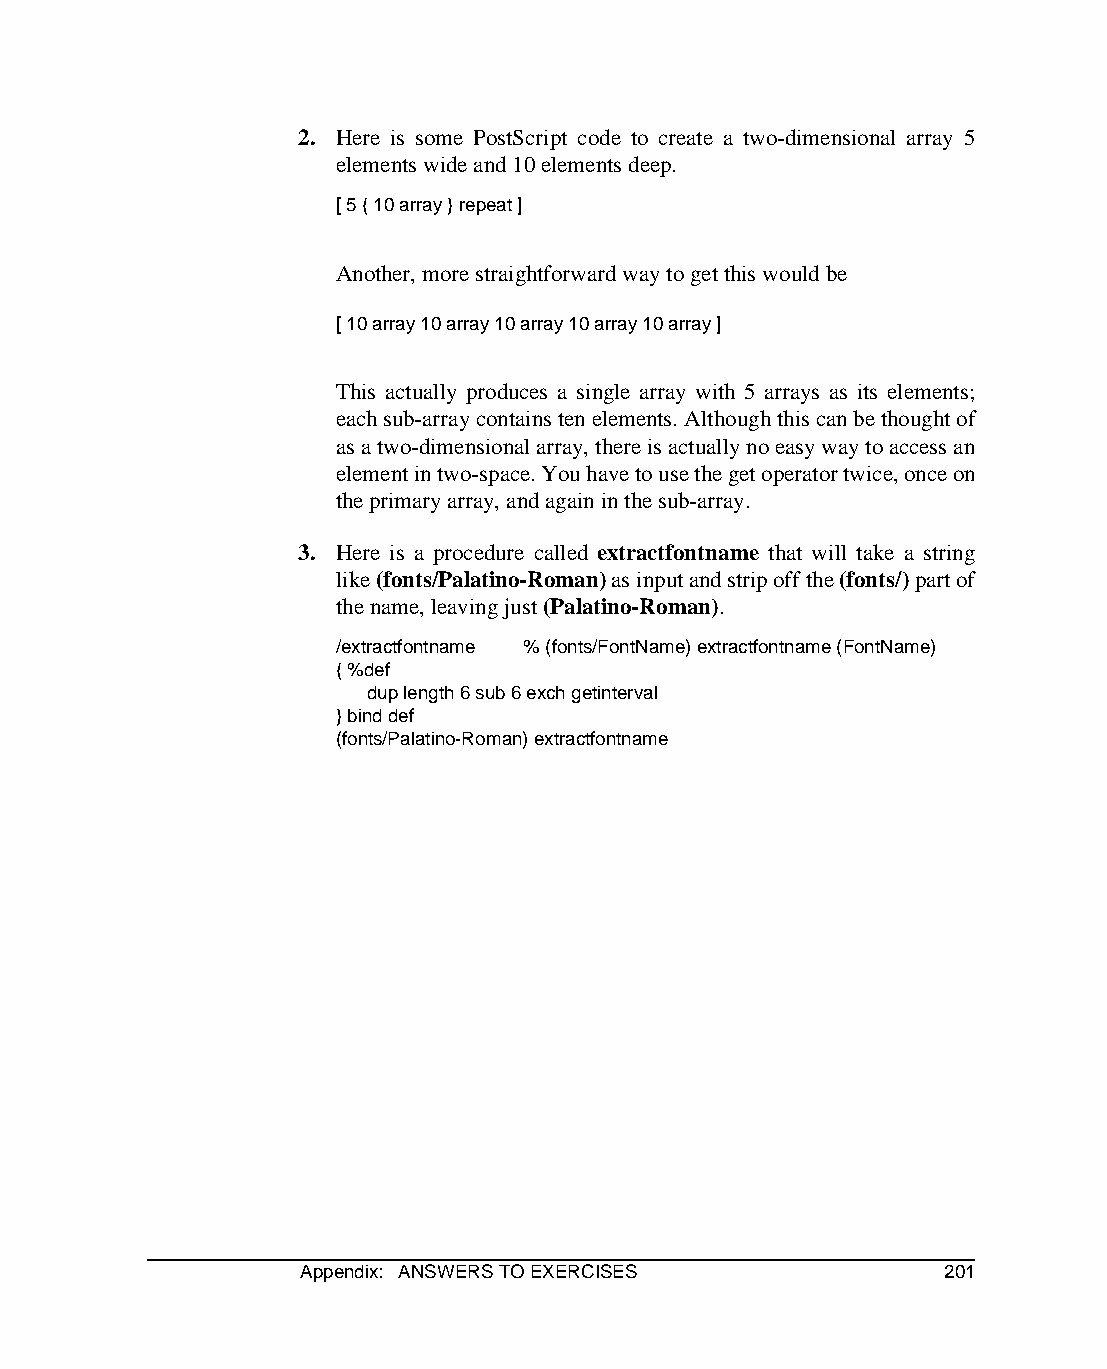
2. Here is some PostScript code to create a two-dimensional array 5
 elements wide and 10 elements deep.
 [ 5 { 10 array } repeat ]
 Another, more straightforward way to get this would be
 [ 10 array 10 array 10 array 10 array 10 array ]
 This actually produces a single array with 5 arrays as its elements;
 each sub-array contains ten elements. Although this can be thought of
 as a two-dimensional array, there is actually no easy way to access an
 element in two-space. You have to use the get operator twice, once on
 the primary array, and again in the sub-array.
 3. Here is a procedure called extractfontname that will take a string
 like (fonts/Palatino-Roman) as input and strip off the (fonts/) part of
 the name, leaving just (Palatino-Roman).
 /extractfontname % (fonts/FontName) extractfontname (FontName)
 { %def
 dup length 6 sub 6 exch getinterval
 } bind def
 (fonts/Palatino-Roman) extractfontname
 Appendix: ANSWERS TO EXERCISES            201